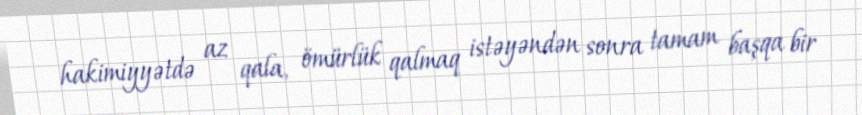
hakimiyyətdə az qala, ömürlük qalmaq istəyəndən sonra tamam başqa bir